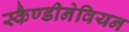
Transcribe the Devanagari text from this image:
स्कैण्डीनेवियन